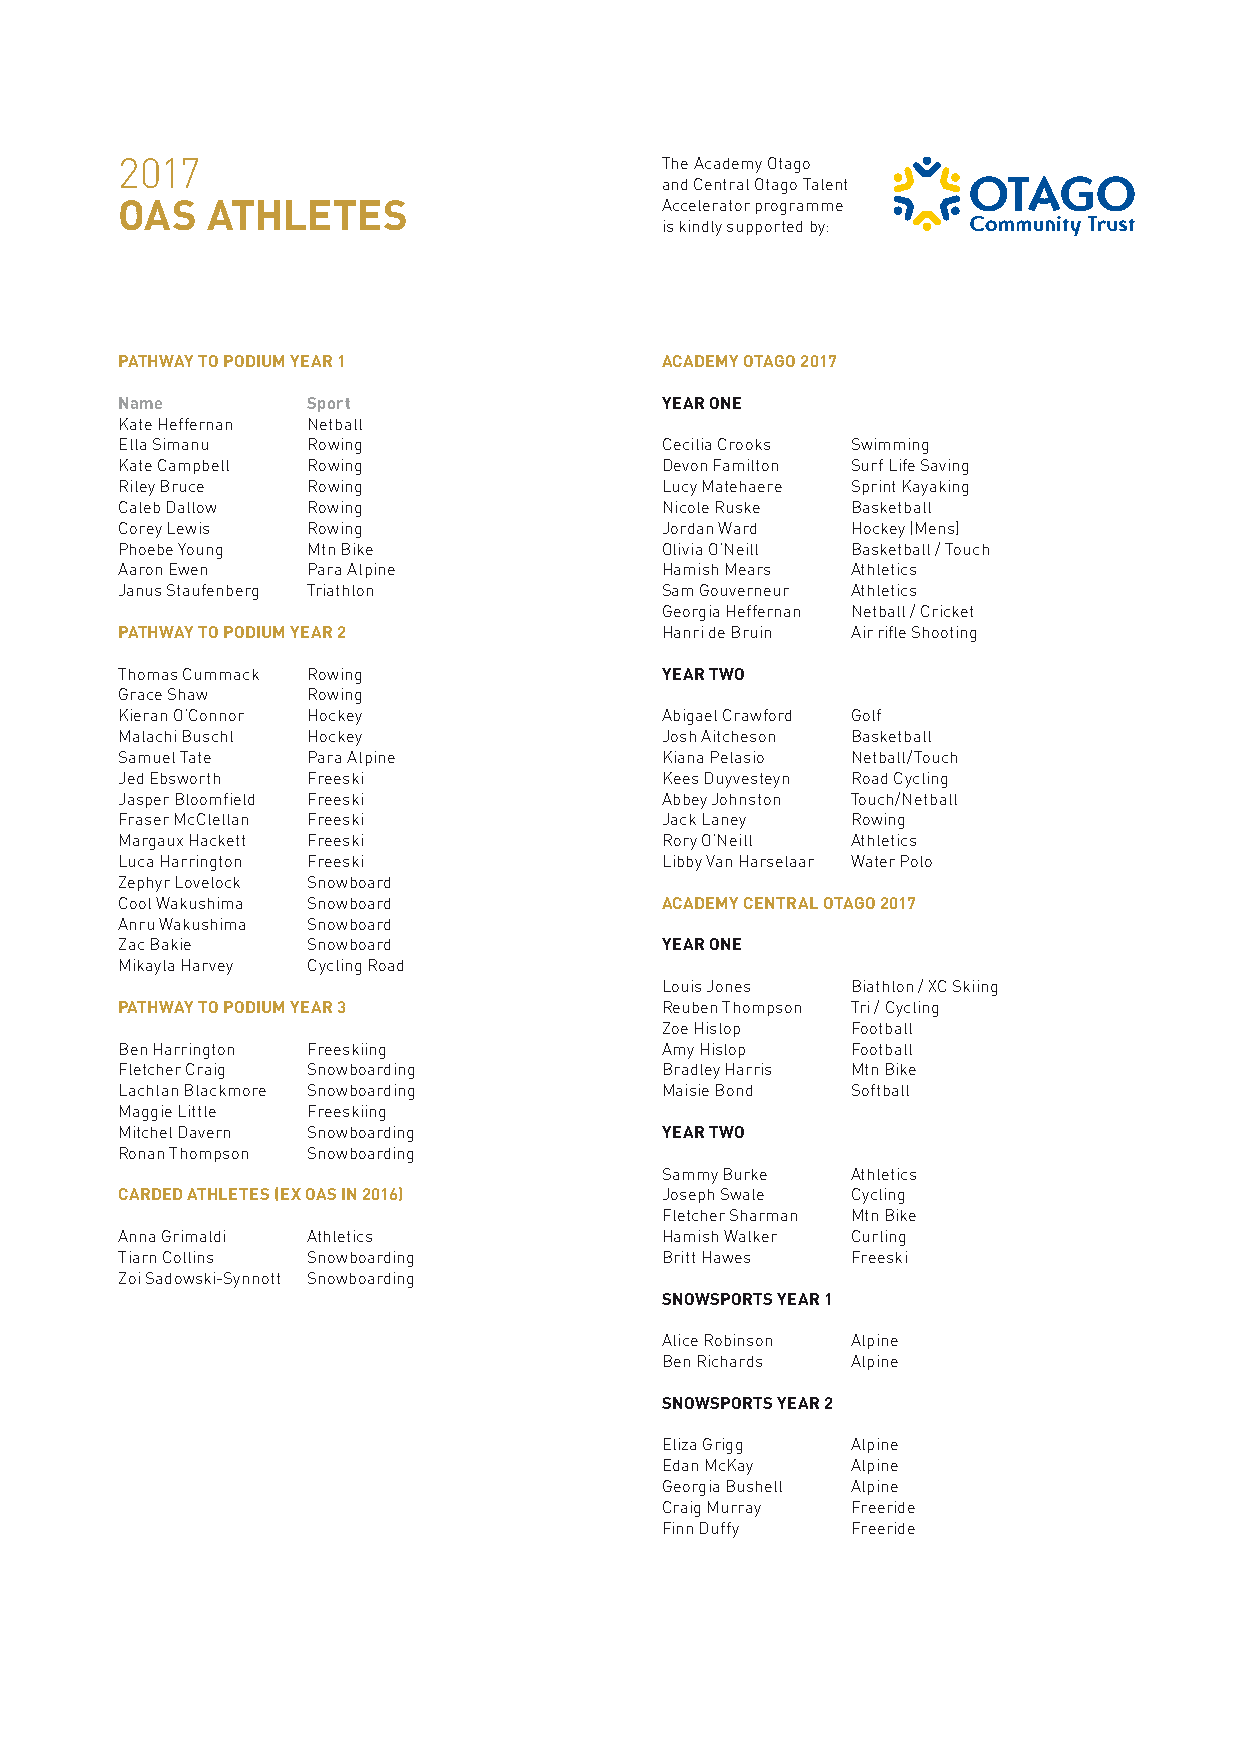
2017                                The Academy Otago
 and Central Otago Talent
 OAS   ATHLETES                      Accelerator programme
 is kindly supported by:
 PATHWAY TO PODIUM YEAR 1            ACADEMY OTAGO 2017
 Name        Sport                   YEAR ONE
 Kate Heffernan Netball
 Ella Simanu Rowing                  Cecilia Crooks Swimming
 Kate Campbell Rowing                Devon Familton Surf Life Saving
 Riley Bruce Rowing                  Lucy Matehaere Sprint Kayaking
 Caleb Dallow Rowing                 Nicole Ruske Basketball
 Corey Lewis Rowing                  Jordan Ward Hockey (Mens)
 Phoebe Young Mtn Bike               Olivia O’Neill Basketball / Touch
 Aaron Ewen  Para Alpine             Hamish Mears Athletics
 Janus Staufenberg Triathlon         Sam Gouverneur Athletics
 Georgia Heffernan Netball / Cricket
 PATHWAY TO PODIUM YEAR 2            Hanri de Bruin Air rifle Shooting
 Thomas Cummack Rowing               YEAR TWO
 Grace Shaw  Rowing
 Kieran O’Connor Hockey              Abigael Crawford Golf
 Malachi Buschl Hockey               Josh Aitcheson Basketball
 Samuel Tate Para Alpine             Kiana Pelasio Netball/Touch
 Jed Ebsworth Freeski                Kees Duyvesteyn Road Cycling
 Jasper Bloomfield Freeski           Abbey Johnston Touch/Netball
 Fraser McClellan Freeski            Jack Laney  Rowing
 Margaux Hackett Freeski             Rory O’Neill Athletics
 Luca Harrington Freeski             Libby Van Harselaar Water Polo
 Zephyr Lovelock Snowboard
 Cool Wakushima Snowboard            ACADEMY CENTRAL OTAGO 2017
 Anru Wakushima Snowboard
 Zac Bakie   Snowboard               YEAR ONE
 Mikayla Harvey Cycling Road
 Louis Jones Biathlon / XC Skiing
 PATHWAY TO PODIUM YEAR 3            Reuben Thompson Tri / Cycling
 Zoe Hislop  Football
 Ben Harrington Freeskiing           Amy Hislop  Football
 Fletcher Craig Snowboarding         Bradley Harris Mtn Bike
 Lachlan Blackmore Snowboarding      Maisie Bond Softball
 Maggie Little Freeskiing
 Mitchel Davern Snowboarding         YEAR TWO
 Ronan Thompson Snowboarding
 Sammy Burke Athletics
 CARDED ATHLETES (EX OAS IN 2016)    Joseph Swale Cycling
 Fletcher Sharman Mtn Bike
 Anna Grimaldi Athletics             Hamish Walker Curling
 Tiarn Collins Snowboarding          Britt Hawes Freeski
 Zoi Sadowski-Synnott Snowboarding
 SNOWSPORTS YEAR 1
 Alice Robinson Alpine
 Ben Richards Alpine
 SNOWSPORTS YEAR 2
 Eliza Grigg Alpine
 Edan McKay  Alpine
 Georgia Bushell Alpine
 Craig Murray Freeride
 Finn Duffy  Freeride